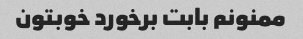
ممنونم بابت برخورد خوبتون